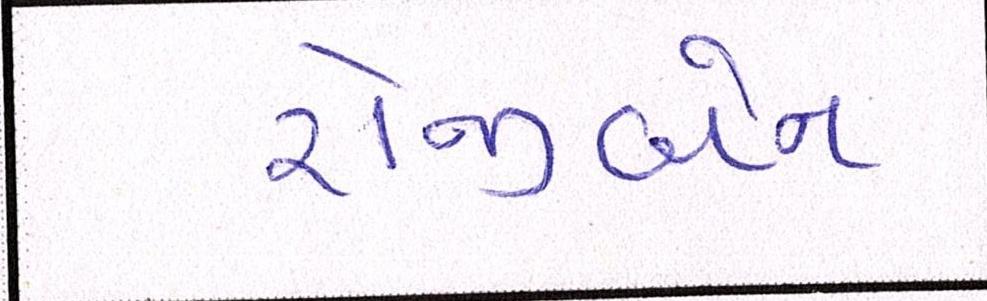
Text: રોજીબેન